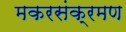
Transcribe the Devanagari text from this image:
मकरसंक्रमण